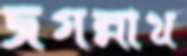
জগন্নাথ